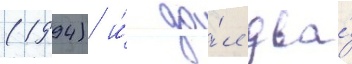
(1994) и́ да́л два́